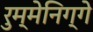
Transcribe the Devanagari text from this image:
रुम्मेनिग्गे